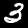
Label: 3